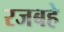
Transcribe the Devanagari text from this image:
रजबहे